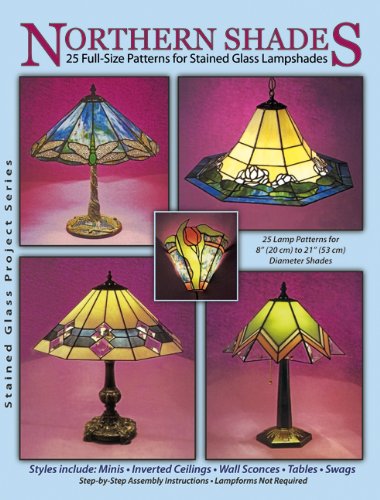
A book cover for Northern Shades - 25 Full-Size Patterns for Stained Glass Lampshades; Randy Wardell & Judy Huffman; Crafts, Hobbies & Home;